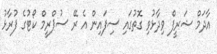
އާދަމް ޝަރީފް ވިދާޅުވި ގޮތުގައި ސިފައިން އެ ރޭ ސުޕްރީމް ކޯޓުގެ ފުރާޅު